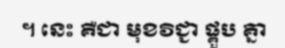
។ នេះ គឺជា មុខវិជ្ជា ផ្គួប គ្នា